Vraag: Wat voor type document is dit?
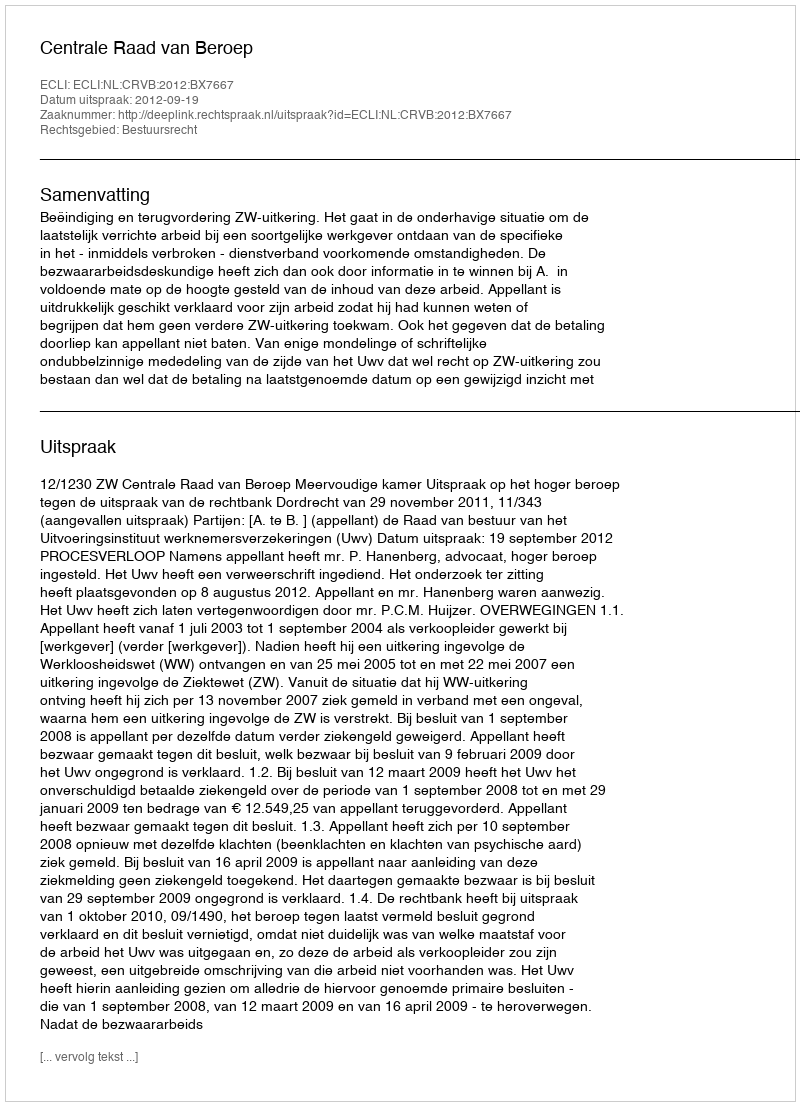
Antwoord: Uitspraak